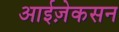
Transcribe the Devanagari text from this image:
आईज़ेकसन